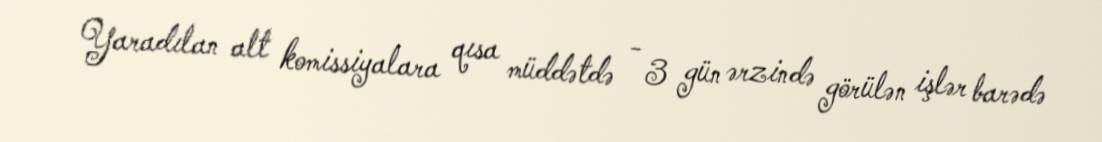
Yaradılan alt komissiyalara qısa müddətdə - 3 gün ərzində görülən işlər barədə